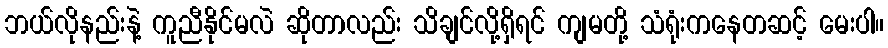
ဘယ်လိုနည်းနဲ့ ကူညီနိုင်မလဲ ဆိုတာလည်း သိချင်လို့ရှိရင် ကျမတို့ သံရုံးကနေတဆင့် မေးပါ။